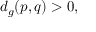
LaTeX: d _ { g } ( p , q ) > 0 ,